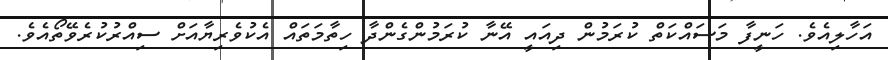
އަހާލިއެވެ. ހަނީފާ މަސައްކަތް ކުރަމުން ދިއައީ އޭނާ ކުރަމުންގެންދާ ހިތާމަތައް އެކުވެރިޔާއަށް ސިއްރުކުރެވޭތޯއެވެ.